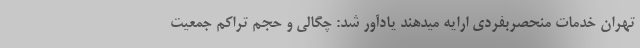
تهران خدمات منحصربفردی ارایه میدهند یادآور شد: چگالی و حجم تراکم جمعیت